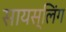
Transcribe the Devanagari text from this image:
सायस्लिंग